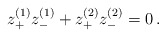
\begin{align*}z_+^{(1)} z_-^{(1)} + z_+^{(2)} z_-^{(2)} = 0 \, . \end{align*}